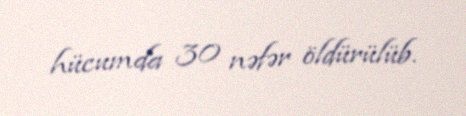
hücumda 30 nəfər öldürülüb.